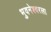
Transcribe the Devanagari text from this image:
भुवनेश्वरला